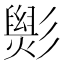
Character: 𢒵